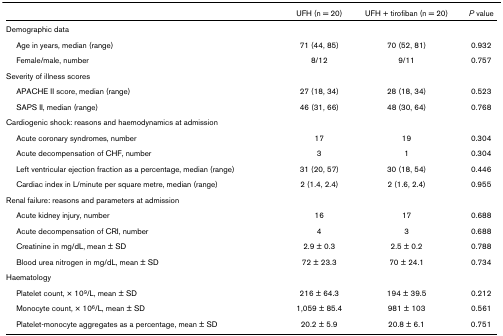
<table><thead><tr><td></td><td><b>UFH (n = 20)</b></td><td><b>UFH + tirofiban (n = 20)</b></td><td><b><i>P </i>value</b></td></tr></thead><tbody><tr><td>Demographic data</td><td></td><td></td><td></td></tr><tr><td> Age in years, median (range)</td><td>71 (44, 85)</td><td>70 (52, 81)</td><td>0.932</td></tr><tr><td> Female/male, number</td><td>8/12</td><td>9/11</td><td>0.757</td></tr><tr><td>Severity of illness scores</td><td></td><td></td><td></td></tr><tr><td> APACHE II score, median (range)</td><td>27 (18, 34)</td><td>28 (18, 34)</td><td>0.523</td></tr><tr><td> SAPS II, median (range)</td><td>46 (31, 66)</td><td>48 (30, 64)</td><td>0.768</td></tr><tr><td>Cardiogenic shock: reasons and haemodynamics at admission</td><td></td><td></td><td></td></tr><tr><td> Acute coronary syndromes, number</td><td>17</td><td>19</td><td>0.304</td></tr><tr><td> Acute decompensation of CHF, number</td><td>3</td><td>1</td><td>0.304</td></tr><tr><td> Left ventricular ejection fraction as a percentage, median (range)</td><td>31 (20, 57)</td><td>30 (18, 54)</td><td>0.446</td></tr><tr><td> Cardiac index in L/minute per square metre, median (range)</td><td>2 (1.4, 2.4)</td><td>2 (1.6, 2.4)</td><td>0.955</td></tr><tr><td>Renal failure: reasons and parameters at admission</td><td></td><td></td><td></td></tr><tr><td> Acute kidney injury, number</td><td>16</td><td>17</td><td>0.688</td></tr><tr><td> Acute decompensation of CRI, number</td><td>4</td><td>3</td><td>0.688</td></tr><tr><td> Creatinine in mg/dL, mean ± SD</td><td>2.9 ± 0.3</td><td>2.5 ± 0.2</td><td>0.788</td></tr><tr><td> Blood urea nitrogen in mg/dL, mean ± SD</td><td>72 ± 23.3</td><td>70 ± 24.1</td><td>0.734</td></tr><tr><td>Haematology</td><td></td><td></td><td></td></tr><tr><td> Platelet count, × 10<sup>9</sup>/L, mean ± SD</td><td>216 ± 64.3</td><td>194 ± 39.5</td><td>0.212</td></tr><tr><td> Monocyte count, × 10<sup>6</sup>/L, mean ± SD</td><td>1,059 ± 85.4</td><td>981 ± 103</td><td>0.561</td></tr><tr><td> Platelet-monocyte aggregates as a percentage, mean ± SD</td><td>20.2 ± 5.9</td><td>20.8 ± 6.1</td><td>0.751</td></tr></tbody></table>